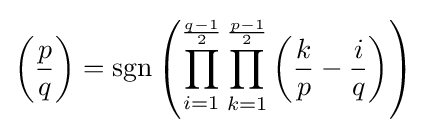
\left({\frac {p}{q}}\right)=\operatorname {sgn} \left(\prod _{i=1}^{\frac {q-1}{2}}\prod _{k=1}^{\frac {p-1}{2}}\left({\frac {k}{p}}-{\frac {i}{q}}\right)\right)